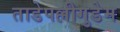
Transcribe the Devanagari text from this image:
ताडेपल्लीगुडेम